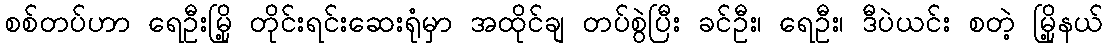
စစ်တပ်ဟာ ရေဦးမြို့ တိုင်းရင်းဆေးရုံမှာ အထိုင်ချ တပ်စွဲပြီး ခင်ဦး၊ ရေဦး၊ ဒီပဲယင်း စတဲ့ မြို့နယ်